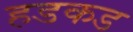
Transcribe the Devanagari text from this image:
हडकड